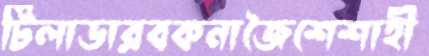
টিলাডারবকনাজৈশেশাহী